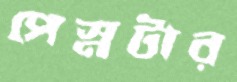
পেস্নটার